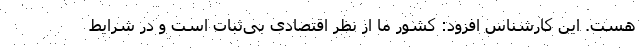
هست. این کارشناس افزود: کشور ما از نظر اقتصادی بی‌ثبات است و در شرایط